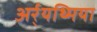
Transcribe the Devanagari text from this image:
अर्र्यथ्मिया